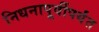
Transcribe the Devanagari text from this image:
निधनापूर्वीपर्यंत